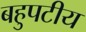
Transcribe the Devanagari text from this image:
बहुपटीय